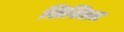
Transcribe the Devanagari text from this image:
शिखिव्रत